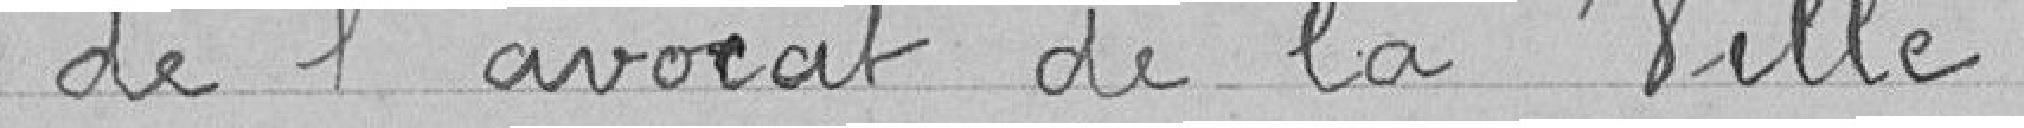
de l'avocat de la Ville.